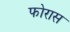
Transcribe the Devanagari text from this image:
फोरास